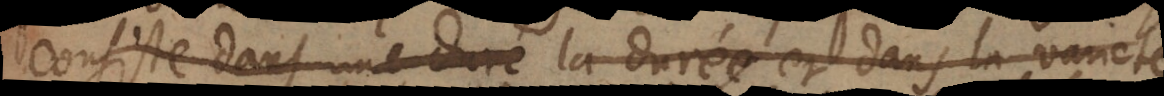
consiste dans une duré la durée, et dans la varieté